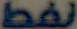
نفط